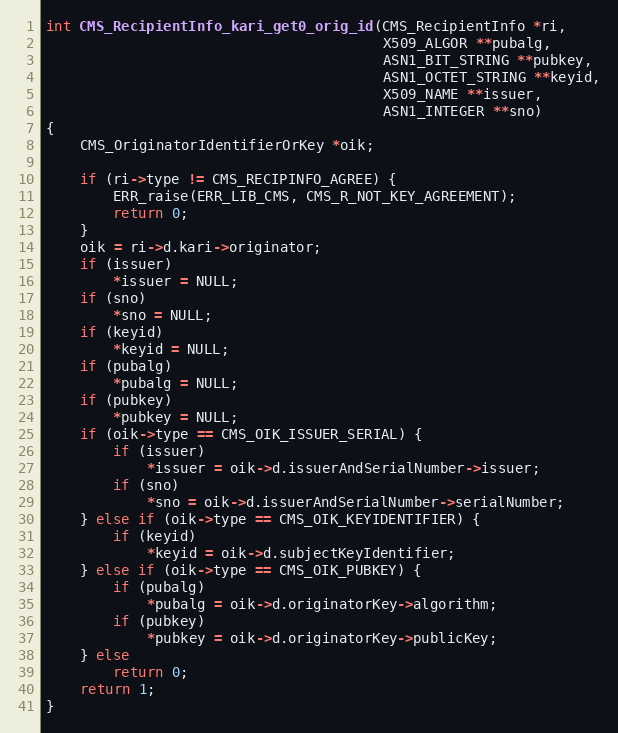
Language: C
int CMS_RecipientInfo_kari_get0_orig_id(CMS_RecipientInfo *ri,
                                        X509_ALGOR **pubalg,
                                        ASN1_BIT_STRING **pubkey,
                                        ASN1_OCTET_STRING **keyid,
                                        X509_NAME **issuer,
                                        ASN1_INTEGER **sno)
{
    CMS_OriginatorIdentifierOrKey *oik;

    if (ri->type != CMS_RECIPINFO_AGREE) {
        ERR_raise(ERR_LIB_CMS, CMS_R_NOT_KEY_AGREEMENT);
        return 0;
    }
    oik = ri->d.kari->originator;
    if (issuer)
        *issuer = NULL;
    if (sno)
        *sno = NULL;
    if (keyid)
        *keyid = NULL;
    if (pubalg)
        *pubalg = NULL;
    if (pubkey)
        *pubkey = NULL;
    if (oik->type == CMS_OIK_ISSUER_SERIAL) {
        if (issuer)
            *issuer = oik->d.issuerAndSerialNumber->issuer;
        if (sno)
            *sno = oik->d.issuerAndSerialNumber->serialNumber;
    } else if (oik->type == CMS_OIK_KEYIDENTIFIER) {
        if (keyid)
            *keyid = oik->d.subjectKeyIdentifier;
    } else if (oik->type == CMS_OIK_PUBKEY) {
        if (pubalg)
            *pubalg = oik->d.originatorKey->algorithm;
        if (pubkey)
            *pubkey = oik->d.originatorKey->publicKey;
    } else
        return 0;
    return 1;
}